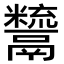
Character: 𩱙